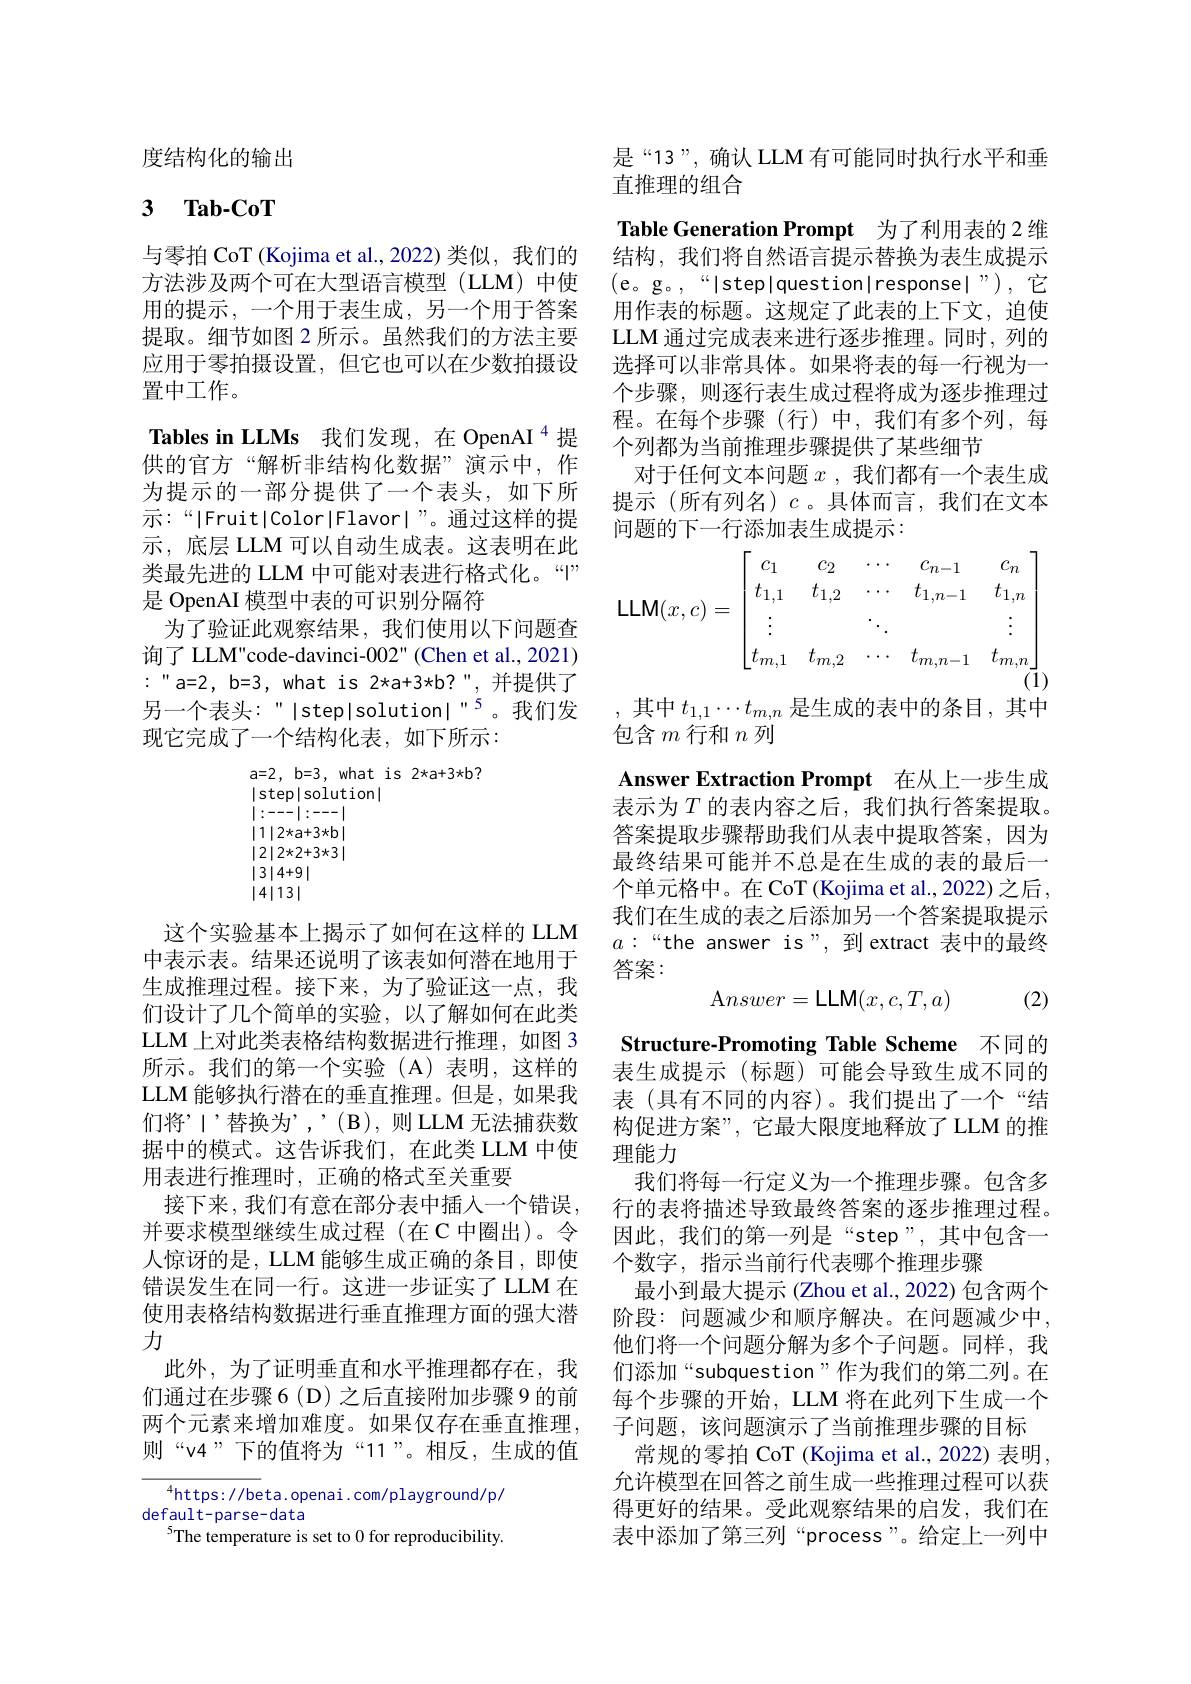
度结构化的输出

# 3 $\mathbf{Tab- CoT}$

与零拍 CoT (Kojima et al., 2022) 类似，我们的方法涉及两个可在大型语言模型(LLM)中使用的提示，一个用于表生成，另一个用于答案提取。细节如图 2 所示。虽然我们的方法主要应用于零拍摄设置，但它也可以在少数拍摄设置中工作。

Tables in LLMs 我们发现，在 OpenAI $^{4}$提供的官方“解析非结构化数据”演示中，作为提示的一部分提供了一个表头，如下所示：“|Fruit|Color|Flavor|”。通过这样的提示，底层 LLM 可以自动生成表。这表明在此类最先进的 LLM 中可能对表进行格式化。“" 是 OpenAI 模型中表的可识别分隔符
为了验证此观察结果，我们使用以下问题查询了 LLM"code-davinci-002" (Chen et al., 2021) $:“a=2,b=3,whatis2\star a+3\star b?”,并提供了$ 另一个表头：" Istep|solution|"5。我们发现它完成了一个结构化表，如下所示：

$a=2,b=3,whatis2xa+3*b?$
|step|solution|
|:---|:---| $|1|2*a+3*b|$ $|2|2\times2+3\times3|$ |3|4+9| |4|13|

这个实验基本上揭示了如何在这样的 LLM 中表示表。结果还说明了该表如何潜在地用于生成推理过程。接下来，为了验证这一点，我们设计了几个简单的实验，以了解如何在此类LLM 上对此类表格结构数据进行推理，如图 3所示。我们的第一个实验(A)表明，这样的LLM 能够执行潜在的垂直推理。但是，如果我们将’|’替换为’,’(B),则LLM无法捕获数据中的模式。这告诉我们，在此类 LLM 中使用表进行推理时，正确的格式至关重要
接下来，我们有意在部分表中插入一个错误， 并要求模型继续生成过程(在 C 中圈出)。令人惊讶的是，LLM 能够生成正确的条目，即使错误发生在同一行。这进一步证实了 LLM 在使用表格结构数据进行垂直推理方面的强大潜力
此外，为了证明垂直和水平推理都存在，我们通过在步骤 6 (D) 之后直接附加步骤 9 的前两个元素来增加难度。如果仅存在垂直推理， 则“v4”下的值将为“11”。相反，生成的值

$^{4}$https://beta.openai.com/playground/p/
default-parse-data
$^{5}$The temperature is set to 0 for reproducibility.

是“13”,确认 LLM 有可能同时执行水平和垂
直推理的组合
Table Generation Prompt 为了利用表的 2 维结构，我们将自然语言提示替换为表生成提示(e。g。,“|step|question|response|”),它用作表的标题。这规定了此表的上下文，迫使LLM 通过完成表来进行逐步推理。同时，列的选择可以非常具体。如果将表的每一行视为一个步骤，则逐行表生成过程将成为逐步推理过程。在每个步骤(行)中，我们有多个列，每个列都为当前推理步骤提供了某些细节
对于任何文本问题$x$ ,我们都有一个表生成提示(所有列名)$c$。具体而言，我们在文本问题的下一行添加表生成提示：
$$\text{LLM}(x,c)=\begin{bmatrix}c_1&c_2&\cdots&c_{n-1}&c_n\\t_{1,1}&t_{1,2}&\cdots&t_{1,n-1}&t_{1,n}\\\vdots&&\ddots&&\vdots\\t_{m,1}&t_{m,2}&\cdots&t_{m,n-1}&t_{m,n}\end{bmatrix}\\\text{(1)}$$
,其中$t_{1,1}\cdots t_{m,n}$是生成的表中的条目，其中
包含$m$行和$n$列

Answer Extraction Prompt 在从上一步生成表示为$T$ 的表内容之后，我们执行答案提取。答案提取步骤帮助我们从表中提取答案，因为最终结果可能并不总是在生成的表的最后一个单元格中。在 CoT (Kojima et al., 2022) 之后， 我们在生成的表之后添加另一个答案提取提示$a:“$the answer is",到extract 表中的最终答案：

(2)
$$\mathrm Answer=\mathrm L\mathrm M(x,c,T,a)$$
Structure-Promoting Table Scheme 不同的表生成提示 (标题)可能会导致生成不同的表 (具有不同的内容)。我们提出了一个“结构促进方案”,它最大限度地释放了 LLM 的推理能力
我们将每一行定义为一个推理步骤。包含多行的表将描述导致最终答案的逐步推理过程。因此，我们的第一列是“step”,其中包含一个数字，指示当前行代表哪个推理步骤
最小到最大提示 (Zhou et al., 2022) 包含两个阶段：问题减少和顺序解决。在问题减少中， 他们将一个问题分解为多个子问题。同样，我们添加“subquestion”作为我们的第二列。在每个步骤的开始，LLM 将在此列下生成一个子问题，该问题演示了当前推理步骤的目标
常规的零拍 CoT (Kojima et al., 2022) 表明， 允许模型在回答之前生成一些推理过程可以获得更好的结果。受此观察结果的启发，我们在表中添加了第三列“process”。给定上一列中